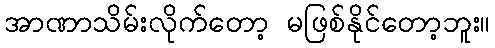
အာဏာသိမ်းလိုက်တော့ မဖြစ်နိုင်တော့ဘူး။